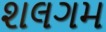
શલગમ